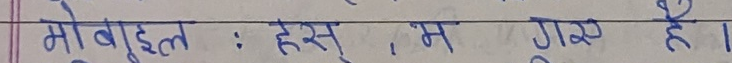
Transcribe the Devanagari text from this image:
मोबाइल : हस्, म गएँ छे।